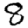
Digit: 8